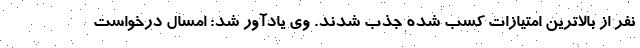
نفر از بالاترین امتیازات کسب شده جذب شدند. وی یادآور شد: امسال درخواست